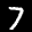
Label: 7